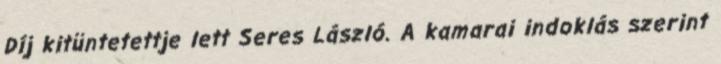
Díj kitüntetettje lett Seres László. A kamarai indoklás szerint